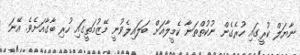
ނާޔަލް ކުރީގައި ހުރެގެން ނުކުތްތަނާ ކެމީލާއަށް ބަލައިލެވުނީ މޭޒުމަތީގައި ހުރި ބާގާއަށެވެ. އޭނަ